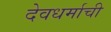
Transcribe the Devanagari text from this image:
देवधर्माची